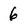
Character: 6